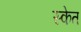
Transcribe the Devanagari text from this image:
स्केत